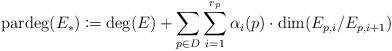
LaTeX: \begin{align*}\operatorname{pardeg}(E_*) \coloneqq \deg(E)+ \sum\limits_{p\in D}\sum\limits_{i=1}^{r_p}\alpha_i(p) \cdot \dim(E_{p,i}/E_{p,i+1})\end{align*}